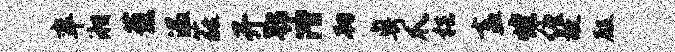
率湘葱温蕤开鄂潜韧粤爪梏盍煌缠故殿